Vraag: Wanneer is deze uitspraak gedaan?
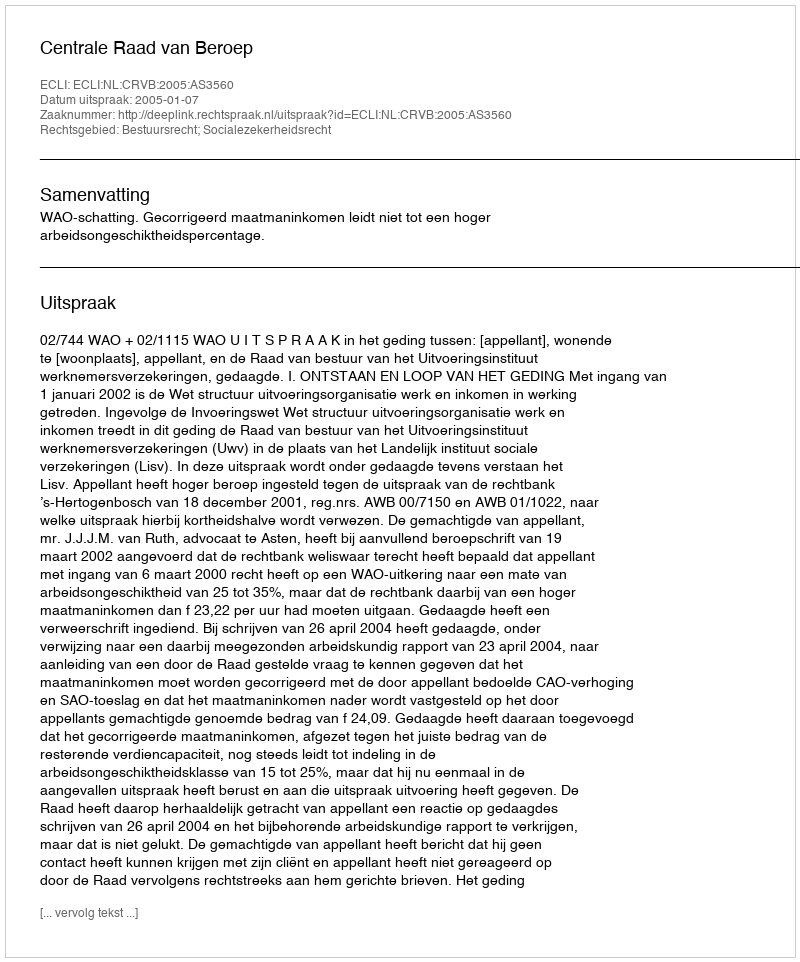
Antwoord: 2005-01-07